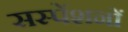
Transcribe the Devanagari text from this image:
सस्पेंशनों